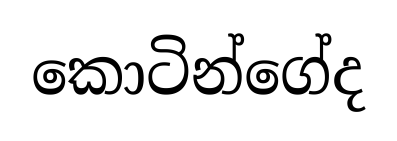
කොටින්ගේද